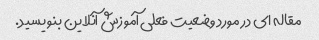
مقاله ای در مورد وضعیت فعلی آموزش آنلاین بنویسید.